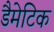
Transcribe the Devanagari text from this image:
डैमेटिक